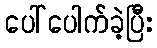
ပေါ်ပေါက်ခဲ့ပြီး